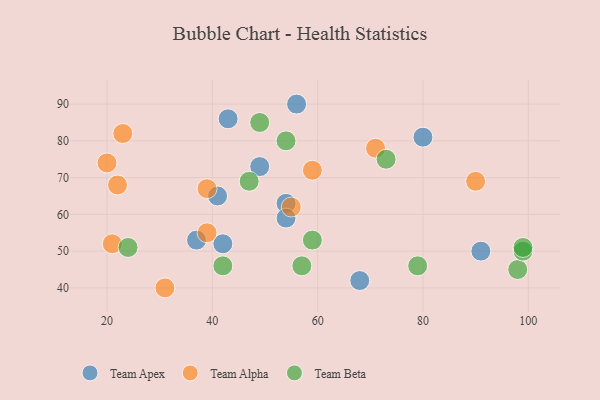
{"axis": {"x": "GDP", "y": "Life Expectancy"}, "legend": ["Team Alpha", "Team Apex", "Team Beta"], "data": [{"x": "49", "y": 73, "type": "Team Apex"}, {"x": "54", "y": 63, "type": "Team Apex"}, {"x": "43", "y": 86, "type": "Team Apex"}, {"x": "80", "y": 81, "type": "Team Apex"}, {"x": "91", "y": 50, "type": "Team Apex"}, {"x": "42", "y": 52, "type": "Team Apex"}, {"x": "41", "y": 65, "type": "Team Apex"}, {"x": "56", "y": 90, "type": "Team Apex"}, {"x": "37", "y": 53, "type": "Team Apex"}, {"x": "68", "y": 42, "type": "Team Apex"}, {"x": "54", "y": 59, "type": "Team Apex"}, {"x": "22", "y": 68, "type": "Team Alpha"}, {"x": "39", "y": 67, "type": "Team Alpha"}, {"x": "39", "y": 55, "type": "Team Alpha"}, {"x": "20", "y": 74, "type": "Team Alpha"}, {"x": "71", "y": 78, "type": "Team Alpha"}, {"x": "31", "y": 40, "type": "Team Alpha"}, {"x": "90", "y": 69, "type": "Team Alpha"}, {"x": "55", "y": 62, "type": "Team Alpha"}, {"x": "21", "y": 52, "type": "Team Alpha"}, {"x": "59", "y": 72, "type": "Team Alpha"}, {"x": "23", "y": 82, "type": "Team Alpha"}, {"x": "47", "y": 69, "type": "Team Beta"}, {"x": "98", "y": 45, "type": "Team Beta"}, {"x": "24", "y": 51, "type": "Team Beta"}, {"x": "57", "y": 46, "type": "Team Beta"}, {"x": "79", "y": 46, "type": "Team Beta"}, {"x": "54", "y": 80, "type": "Team Beta"}, {"x": "49", "y": 85, "type": "Team Beta"}, {"x": "99", "y": 50, "type": "Team Beta"}, {"x": "99", "y": 51, "type": "Team Beta"}, {"x": "73", "y": 75, "type": "Team Beta"}, {"x": "42", "y": 46, "type": "Team Beta"}, {"x": "59", "y": 53, "type": "Team Beta"}]}